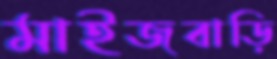
মাইজবাড়ি